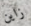
زاين